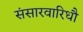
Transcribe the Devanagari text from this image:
संसारवारिधौ